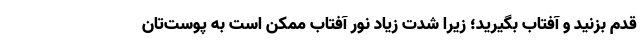
قدم بزنید و آفتاب بگیرید؛ زیرا شدت زیاد نور آفتاب ممکن است به پوست‌تان